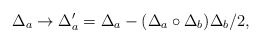
\begin{align*}\Delta_{a}\rightarrow\Delta_{a}^{\prime }=\Delta_{a}-(\Delta_{a}\circ \Delta _{b})\Delta _{b}/2,\end{align*}